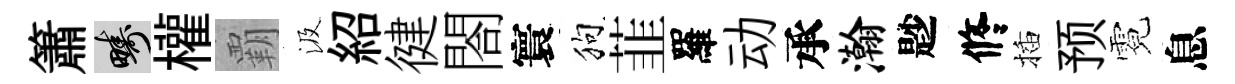
簫疇權覇汲紹徤閤寰狗韮羅动承瀚尟修插预霓息